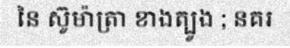
នៃ ស៊ូម៉ាត្រា ខាងត្បូង ; នគរ